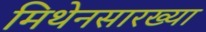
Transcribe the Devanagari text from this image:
मिथेनसारख्या